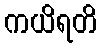
ကယိရတိ